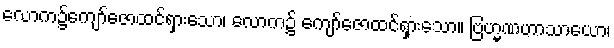
လောက၌ကျော်ဇောထင်ရှားသော၊ လောက၌ ကျော်ဇောထင်ရှားသော။ ဗြဟ္မဏဟာသာယော၊